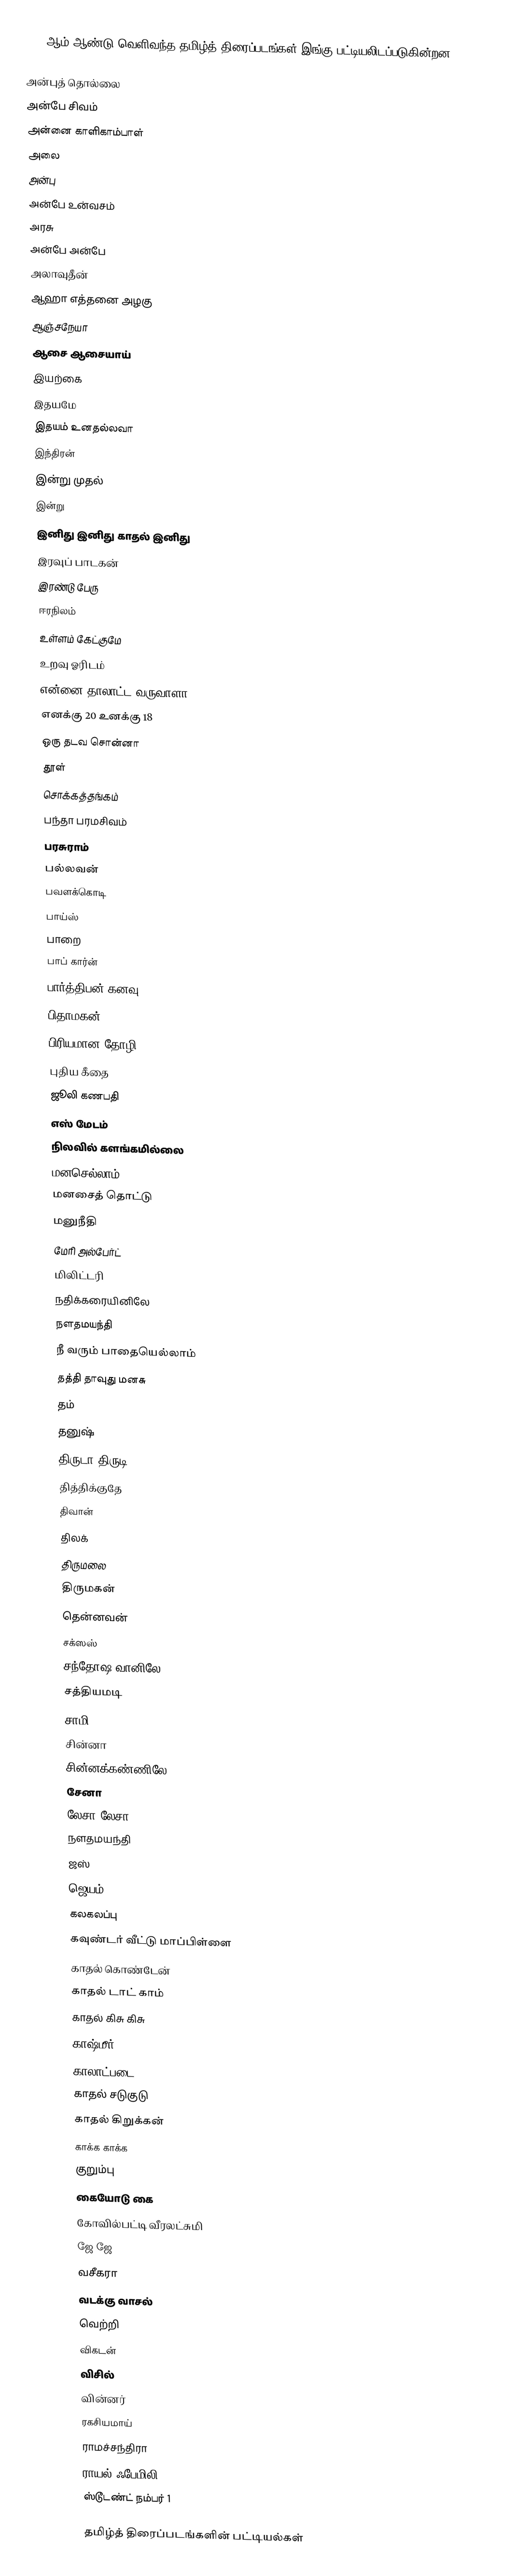
2003 ஆம் ஆண்டு வெளிவந்த தமிழ்த் திரைப்படங்கள் இங்கு பட்டியலிடப்படுகின்றன.

அன்புத் தொல்லை
அன்பே சிவம்
அன்னை காளிகாம்பாள்
அலை
அன்பு
அன்பே உன்வசம்
அரசு
அன்பே அன்பே
அலாவுதீன்
ஆஹா எத்தனை அழகு
ஆஞ்சநேயா
ஆசை ஆசையாய்
இயற்கை
இதயமே
இதயம் உனதல்லவா
இந்திரன்
இன்று முதல்
இன்று
இனிது இனிது காதல் இனிது
இரவுப் பாடகன்
இரண்டு பேரு
ஈரநிலம்
உள்ளம் கேட்குமே
உறவு ஓரிடம்
என்னை தாலாட்ட வருவாளா
எனக்கு 20 உனக்கு 18
ஒரு தடவ சொன்னா
தூள்
சொக்கத்தங்கம்
பந்தா பரமசிவம்
பரசுராம்
பல்லவன்
பவளக்கொடி
பாய்ஸ்
பாறை
பாப் கார்ன்
பார்த்திபன் கனவு
பிதாமகன்
பிரியமான தோழி
புதிய கீதை
ஜூலி கணபதி
எஸ் மேடம்
நிலவில் களங்கமில்லை
மனசெல்லாம்
மனசைத் தொட்டு
மனுநீதி
மேரி அல்பேர்ட்
மிலிட்டரி
நதிக்கரையினிலே
நளதமயந்தி
நீ வரும் பாதையெல்லாம்
தத்தி தாவுது மனசு
தம்
தனுஷ்
திருடா திருடி
தித்திக்குதே
திவான்
திலக்
திருமலை
திருமகன்
தென்னவன்
சக்ஸஸ்
சந்தோஷ வானிலே
சத்தியமடி
சாமி
சின்னா
சின்னக்கண்ணிலே
சேனா
லேசா லேசா
நளதமயந்தி
ஜஸ்
ஜெயம்
கலகலப்பு
கவுண்டர் வீட்டு மாப்பிள்ளை
காதல் கொண்டேன்
காதல் டாட் காம்
காதல் கிசு கிசு
காஷ்மீர்
காலாட்படை
காதல் சடுகுடு
காதல் கிறுக்கன்
காக்க காக்க
குறும்பு
கையோடு கை
கோவில்பட்டி வீரலட்சுமி
ஜே ஜே
வசீகரா
வடக்கு வாசல்
வெற்றி
விகடன்
விசில்
வின்னர்
ரகசியமாய்
ராமச்சந்திரா
ராயல் ஃபேமிலி
ஸ்டூடண்ட் நம்பர் 1

தமிழ்த் திரைப்படங்களின் பட்டியல்கள்